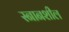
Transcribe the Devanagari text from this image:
स्नानशील